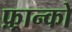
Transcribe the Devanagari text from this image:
फ़्रान्को